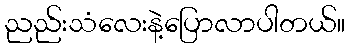
ညည်းသံလေးနဲ့ပြောလာပါတယ်။